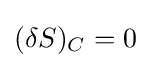
(\delta S)_{C}=0